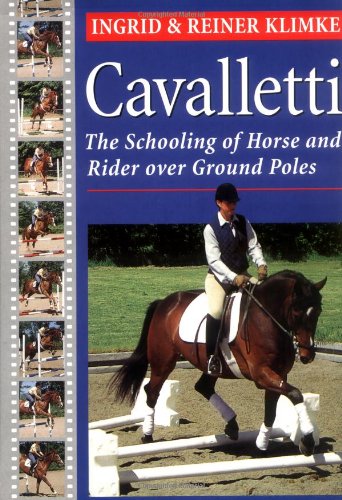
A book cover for Cavaletti: The Schooling of Horse and Rider over Ground Poles; Reiner Klimke; Health, Fitness & Dieting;